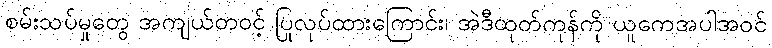
စမ်းသပ်မှုတွေ အကျယ်တဝင့် ပြုလုပ်ထားကြောင်း၊ အဲဒီထုတ်ကုန်ကို ယူကေအပါအဝင်